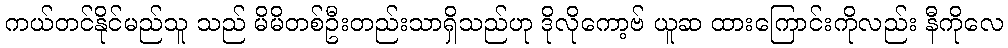
ကယ်တင်နိုင်မည်သူ သည် မိမိတစ်ဦးတည်းသာရှိသည်ဟု ဒိုလိုကော့ဗ် ယူဆ ထားကြောင်းကိုလည်း နီကိုလေ